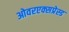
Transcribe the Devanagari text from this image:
ओवरएक्सप्रेस्ड